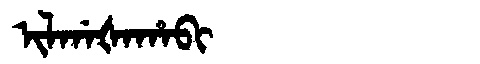
Manchu: ᡳᠯᡤᠠᡧᠠᡥᠠᠪᡳ
Romanization: ILGAŠAHABI